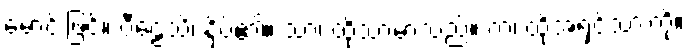
မောင်းဖြင့်။ ပီဠေသိ၊ နှိပ်၏။ သာ၊ ထိုသာမာသည်။ တံ၊ ထိုအရှင်သားကို။